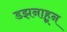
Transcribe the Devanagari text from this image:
डझनाहून